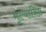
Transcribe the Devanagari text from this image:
मूल्यानिष्ठ